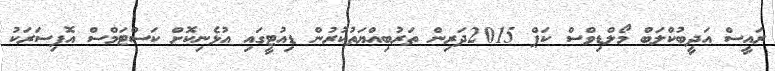
ރައީސް އަދީބުކްލަބް މޯލްޑިވްސް ކަޕް 2015ދަރިން ތަރުބިއްޔަތުކުރުން ޑިއުޓީގައި އުޅެނިކޮށް ކަސްޓަމްސް އޮފިސަރަކު